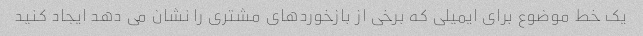
یک خط موضوع برای ایمیلی که برخی از بازخوردهای مشتری را نشان می دهد ایجاد کنید